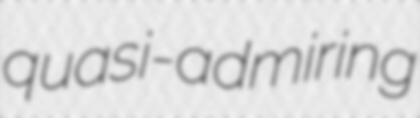
quasi-admiring